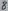
Text: 8